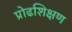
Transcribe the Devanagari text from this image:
प्रोढशिक्षण